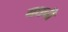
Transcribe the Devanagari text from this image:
गधनी